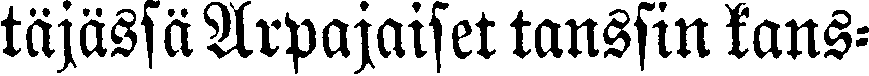
täjässä Arpajaiset tanssin kans-